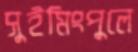
সুইমিংপুলে